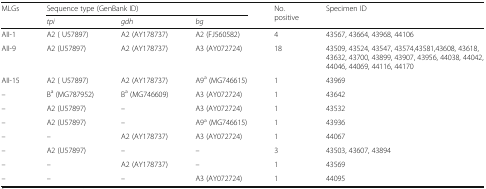
| <ROWSPAN=2> MLGs | <COLSPAN=3> Sequence type (GenBank ID) | <ROWSPAN=2> No. positive | <ROWSPAN=2> Specimen ID |
 | tpi | gdh | bg |
 | --- | --- | --- | --- | --- | --- |
 | AII-1 | A2 ( U57897) | A2 (AY178737) | A2 (FJ560582) | 4 | 43567, 43664, 43968, 44106 |
 | AII-9 | A2 (U57897) | A2 (AY178737) | A3 (AY072724) | 18 | 43509, 43524, 43547, 43574,43581,43608, 43618, 43632, 43700, 43899, 43907, 43956, 44038, 44042, 44046, 44069, 44116, 44170 |
 | AII-15 | A2 ( U57897) | A2 (AY178737) | A9a (MG746615) | 1 | 43969 |
 | – | Ba (MG787952) | Ba (MG746609) | A3 (AY072724) | 1 | 43642 |
 | – | A2 (U57897) | – | A3 (AY072724) | 1 | 43532 |
 | – | A2 (U57897) | – | A9a (MG746615) | 1 | 43936 |
 | – | – | A2 (AY178737) | A3 (AY072724) | 1 | 44067 |
 | – | A2 (U57897) | – | – | 3 | 43503, 43607, 43894 |
 | – | – | A2 (AY178737) | – | 1 | 43569 |
 | – | – | – | A3 (AY072724) | 1 | 44095 |